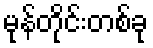
မုန်တိုင်းတစ်ခု